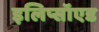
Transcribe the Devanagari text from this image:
इलिप्सॉएड